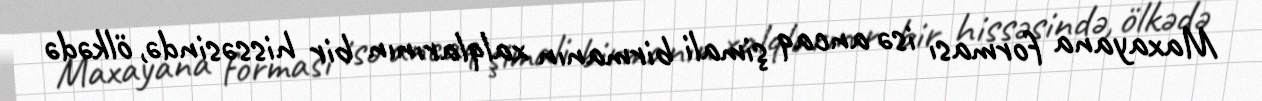
Maxayana forması isə ancaq şimali birmanın xalqlarının bir hissəsində, ölkədə